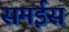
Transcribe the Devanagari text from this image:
समईस